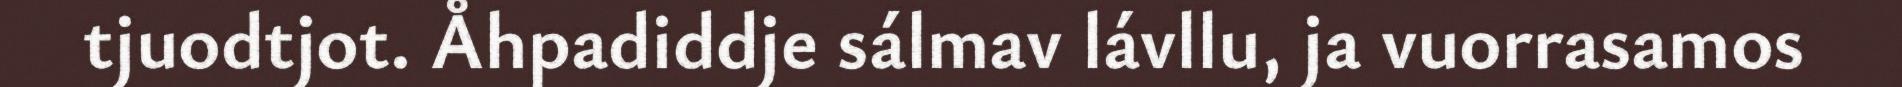
tjuodtjot. Åhpadiddje sálmav lávllu, ja vuorrasamos